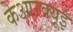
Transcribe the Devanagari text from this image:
केआरक्यूई